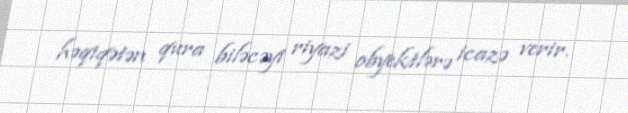
həqiqətən qura biləcəyi riyazi obyektlərə icazə verir.